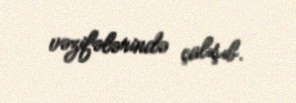
vəzifələrində çalışıb.